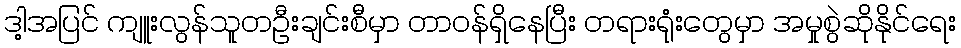
ဒါ့အပြင် ကျူးလွန်သူတဦးချင်းစီမှာ တာဝန်ရှိနေပြီး တရားရုံးတွေမှာ အမှုစွဲဆိုနိုင်ရေး